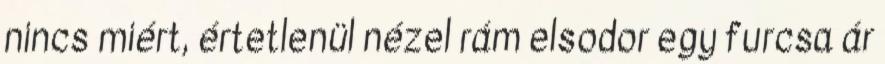
nincs miért, értetlenül nézel rám elsodor egy furcsa ár